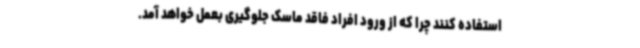
استفاده کنند چرا که از ورود افراد فاقد ماسک جلوگیری بعمل خواهد آمد.